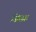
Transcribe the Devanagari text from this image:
जिस्क्र